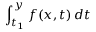
\int _ { t _ { 1 } } ^ { y } f ( x , t ) \, d t